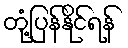
တုံ့ပြန်နိုင်ရန်